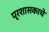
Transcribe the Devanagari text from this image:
प्रशासकाचे